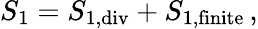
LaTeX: S_{1}=S_{1,\mathrm{div}}+S_{1,\mathrm{finite}}\, ,